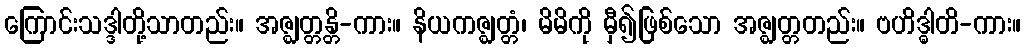
ကြောင်းသဒ္ဒါတို့သာတည်း။ အဇ္ဈတ္တန္တိ-ကား။ နိယကဇ္ဈတ္တံ၊ မိမိကို မှီ၍ဖြစ်သော အဇ္ဈတ္တတည်း။ ဗဟိဒ္ဓါတိ-ကား။